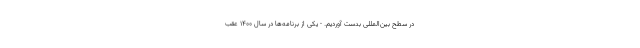
در سطح بین‌المللی بدست آوردیم. - یکی از برنامه‌ها در سال ۱۴۰۰ عقب